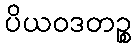
ပိယဝဒတဉ္စ